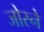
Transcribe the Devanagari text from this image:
जोरने